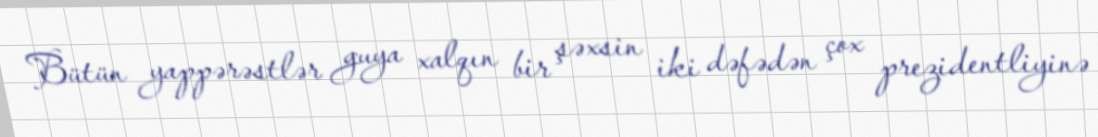
Bütün yappərəstlər guya xalqın bir şəxsin iki dəfədən çox prezidentliyinə